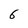
Character: 6